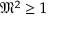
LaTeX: { \mathfrak { M } } ^ { 2 } \geq 1